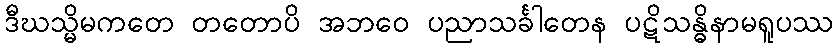
ဒီဃသ္မိမကတေ တတောပိ အဘဝေ ပညာသင်္ခါတေန ပဋိသန္ဓိနာမရူပဿ